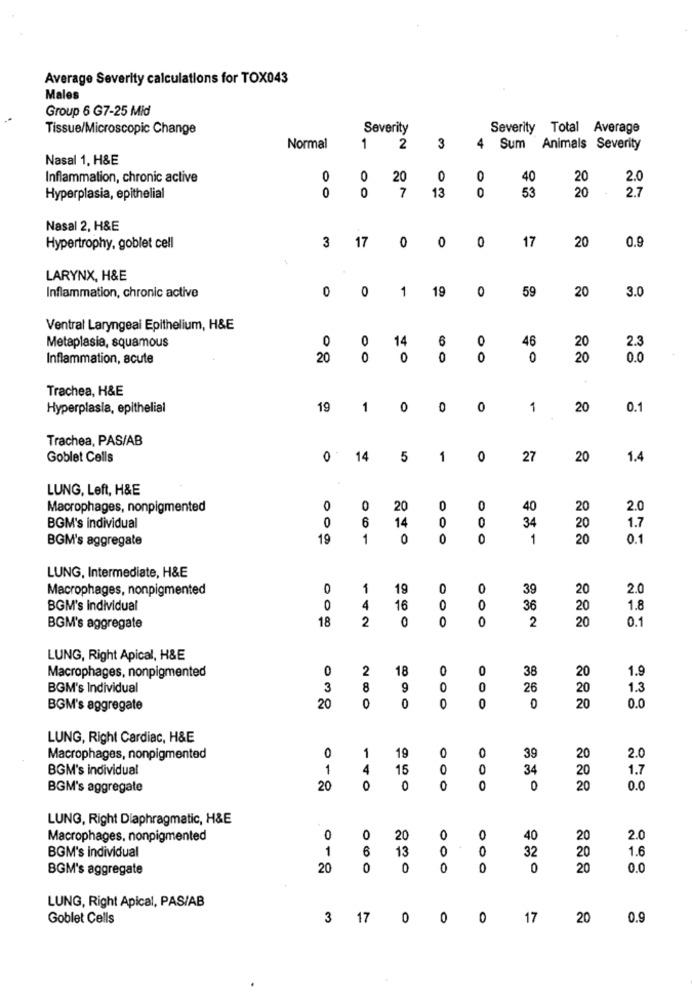
Average Severity calculations for TOX043
Males
Group 6 G7-25 Mid
Tissue/Microscopic Change
Severity
Severity Total Average
4
Normal
1
2
3
Sum Animals Severity
Nasal 1, H&E
Inflammation, chronic active
0
0
20
0
0
40
20
2.0
0
0
7
13
0
53
20
2.7
Hyperplasia, epithelial
Nasal 2, H&E
3
0
0
0
17
20
Hypertrophy, goblet cell
17
0.9
LARYNX, H&E
0
0
1
19
0
59
20
3.0
Inflammation, chronic active
Ventral Laryngeal Epithelium, H&E
Metaplasia, squamous
0
0
14
6
0
46
20
2.3
Inflammation, acute
20
0
0
0
0
0
20
0.0
Trachea, H&E
Hyperplasia, epithelial
19
1
0
0
0
1
20
0.1
Trachea, PAS/AB
Goblet Cells
0
14
5
1
0
27
20
1.4
LUNG, Left, H&E
Macrophages, nonpigmented
0
0
20
0
0
40
20
2.0
0
6
14
0
34
20
BGM's individual
O
1.7
BGM's aggregate
19
1
0
0
0
1
20
0.1
LUNG, Intermediate, H&E
Macrophages, nonpigmented
0
1
19
0
0
39
20
2.0
BGM's individual
0
4
16
0
36
20
1.8
18
2
0
0
2
20
0.1
BGM's aggregate
LUNG, Right Apical, H&E
0
2
18
0
0
38
20
1.9
Macrophages, nonpigmented
BGM's Individual
3
8
9
0
26
20
1.3
BGM's aggregate
20
0
0
O
0
0
20
0.0
LUNG, Right Cardiac, H&E
1
0
Macrophages, nonpigmented
0
19
39
20
2.0
BGM's individual
1
4
15
O
34
20
1.7
BGM's aggregate
20
0
0
0
0
0
20
0.0
LUNG, Right Diaphragmatic, H&E
Macrophages, nonpigmented
0
O
20
0
0
40
20
2.0
1
6
13
0
0
32
20
1.6
BGM's individual
BGM's aggregate
20
0
0
0
0
0
20
0.0
LUNG, Right Apical, PAS/AB
Goblet Cells
3
17
0
0
0
17
20
0.9